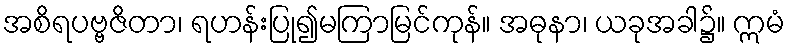
အစိရပဗ္ဗဇိတာ၊ ရဟန်းပြု၍မကြာမြင်ကုန်။ အဓုနာ၊ ယခုအခါ၌။ ဣမံ